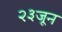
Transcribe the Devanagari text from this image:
२३जून